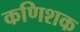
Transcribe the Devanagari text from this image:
कणिशक